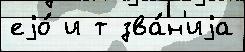
еjо́ и т зва́н'иjа